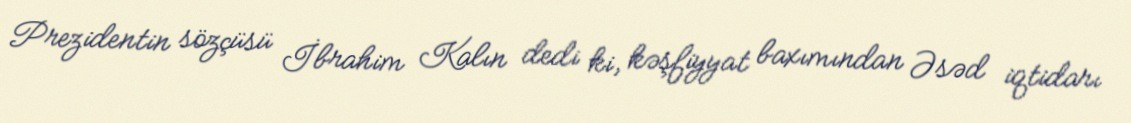
Prezidentin sözçüsü İbrahim Kalın dedi ki, kəşfiyyat baxımından Əsəd iqtidarı